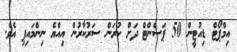
އިމްޕޯޓް ޑިއުޓީން 50 ޕަސެންޓް ދަށް ކުރަން ސަރުކާރުން އިއްޔެ ނިންމައިފި އެވެ.